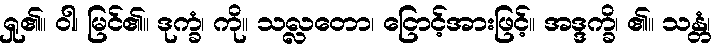
ရှု၏။ ဝါ၊ မြင်၏။ ဒုက္ခံ၊ ကို။ သလ္လတော၊ ငြောင့်အားဖြင့်။ အဒ္ဒက္ခိ၊ ၏။ သန္တံ၊